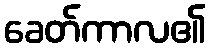
ခေတ်ကာလ၏